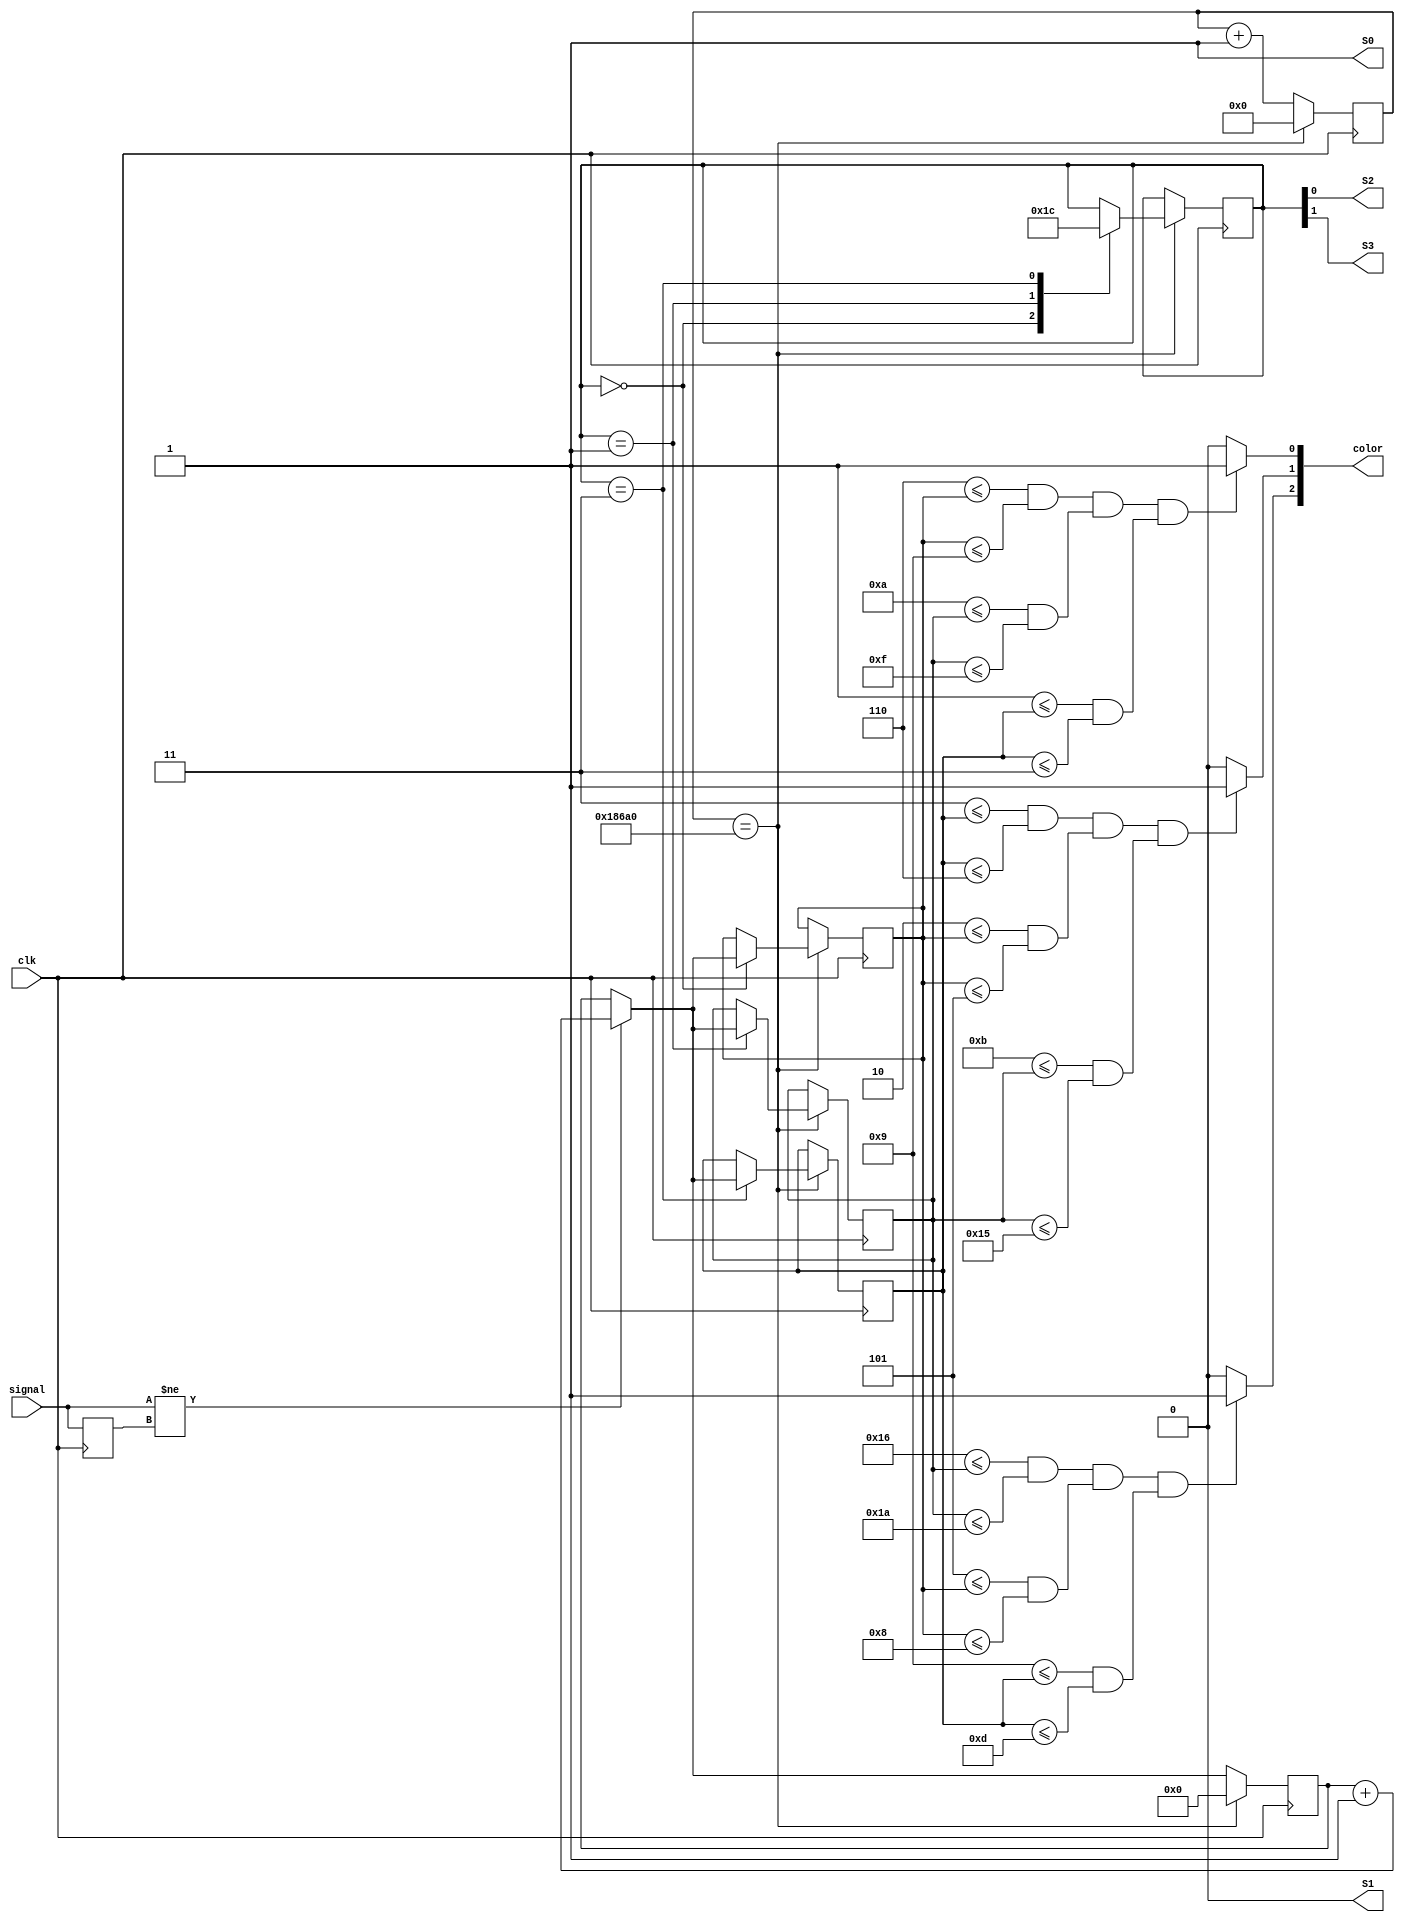

module colour_sensor(
	input clk,
	output S0,            
	output S1,            //  input_frequency
	output S2,               
	output S3,            //   color_filter
	input signal,         //------input_signal----
	output [2:0] color  //------output------

);
   //--------------declare_variable-------------------------
	reg r_S0 = 1;
	reg r_S1 = 0;
	reg [1:0] r_color = 2'b00;
	reg [6:0] r_red ;
	reg [6:0] r_blue;
	reg [6:0] r_green;
	reg [19:0] clk_counter = 0;
	reg [6:0] freq_counter = 0;
	reg old_sig = 0 ;
	
	//------------assign_variable-----------
	assign S0 = r_S0;
	assign S1 = r_S1;
	assign S2 = r_color[0]; 
	assign S3 = r_color[1];
	
   //-------------output_color------------
	assign color[0] = (6'h06 <= r_red & r_red <= 6'h09) & (6'h0A <= r_blue & r_blue <= 6'h0F) & (6'h01 <= r_green & r_green <= 6'h03) ? 1:0; //r_red     
	assign color[1] = (6'h03 <= r_green & r_green <= 6'h06) & (6'h02 <= r_red & r_red <= 6'h05) & (6'h0B<= r_blue & r_blue <= 6'h15) ? 1:0;//r_blue; 
	assign color[2] = (6'h16 <= r_blue & r_blue <= 6'h1A) & (6'h05 <= r_red & r_red <= 6'h08) & (6'h09 <= r_green & r_green <= 6'h0D) ? 1:0; //r_green;

	//--------------main_function------------------
	always@(posedge clk) 
	begin
		
		if (signal != old_sig) 
		begin
			freq_counter = freq_counter + 1;
		end
	
		if ( clk_counter == 100000)
		begin	
			case ( r_color)
			
			//***********Red Filter************
			2'b00 :    
				begin
					r_red = freq_counter;
					r_color = 2'b01; 
				end
			//***********Blue Filter*******
			2'b01	: 
				begin
					r_blue = freq_counter;
					r_color = 2'b11; 
				end
			//***********green filter**********
			2'b11 : 
				begin
					r_green = freq_counter;
					r_color = 2'b00; 
				end
				
			endcase
			
			
			clk_counter = 0;
			freq_counter = 0;
			
		end
		
		else
		begin
			clk_counter = clk_counter + 1;
		end
		

		old_sig = signal;
	end	
	

endmodule